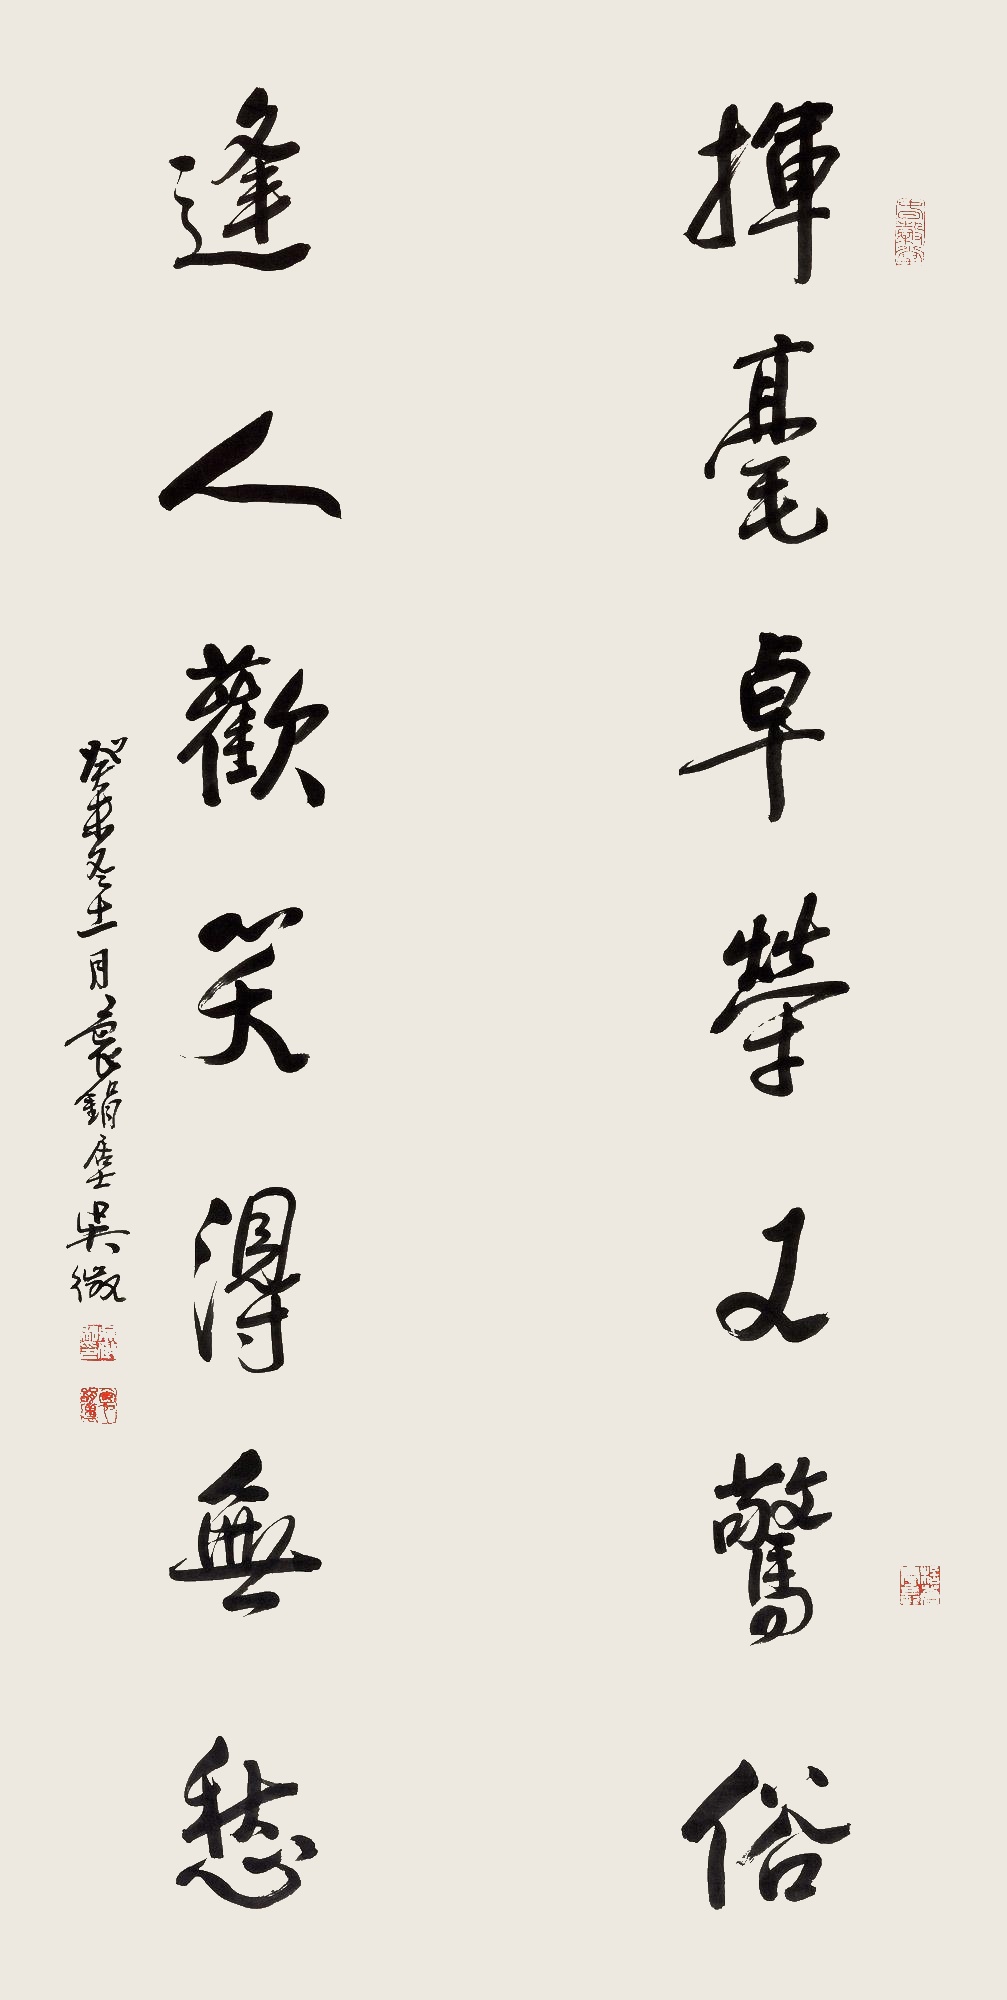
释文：挥毫卓荦又惊俗，逢人欲笑得无愁。癸未冬十一月，袌𫓶居士吴征。